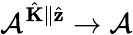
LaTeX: \mathcal{A}^{\hat{\mathbf{K}}\parallel\hat{\mathbf{z}}}\to\mathcal{A}